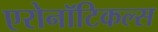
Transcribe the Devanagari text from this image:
एरोनॉटिकल्स